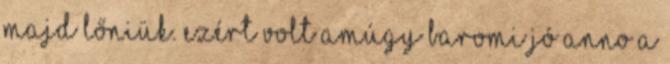
majd lőniük. Ezért volt amúgy baromi jó anno a